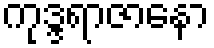
ကုဒ္ဒရာဇာနော